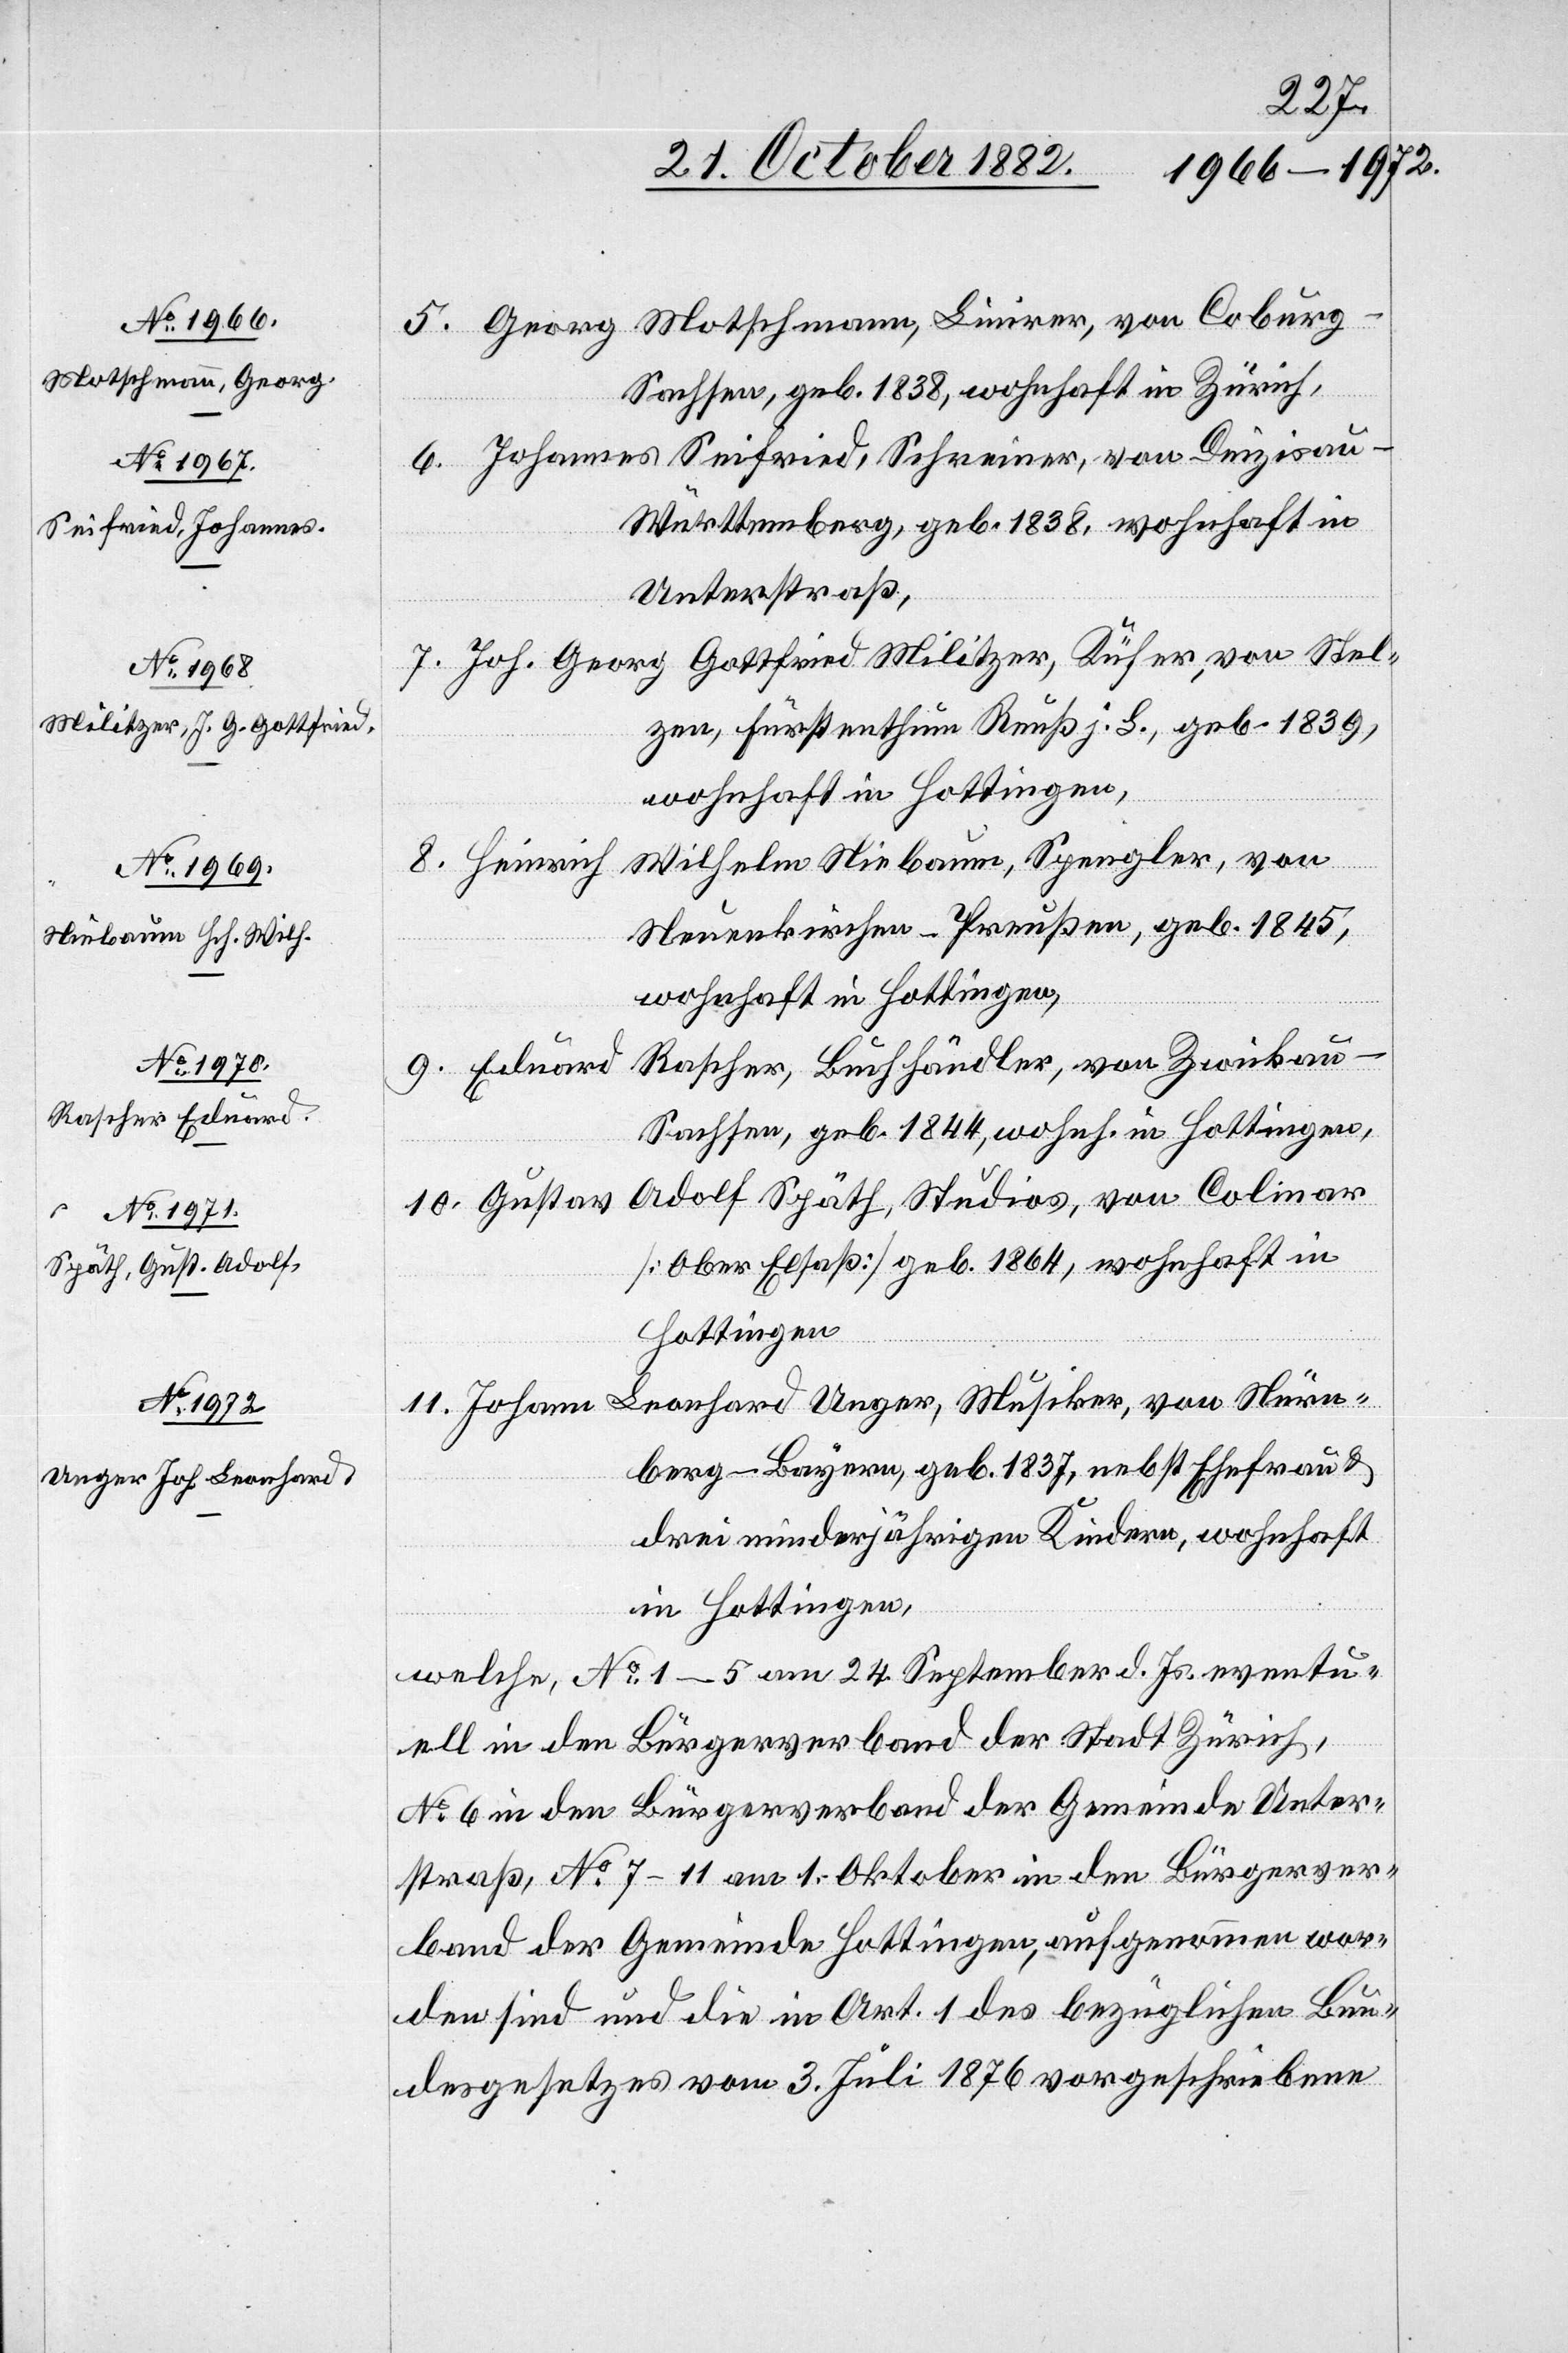
5. Georg Motschmann, Linirer, von Coburg
-
Sachsen, geb. 1838, wohnhaft in Zürich,
6. Johannes Seifried, Schreiner, von Deizisau
Württemberg, geb. 1838, wohnhaft in
Unterstraß,
7. Joh. Georg Gottfried Militzer, Küfer, von Stel¬
zen, Fürstenthum Reuß j. L., geb. 1839,
wohnhaft in Hottingen,
Wilhelm Niebaum, Spengler, von
8. Heinrich
Neuenkirchen - Preußen, geb. 1845,
wohnhaft in Hottingen,
9. Eduard Rascher, Buchhändler, von Zwickau
Sachsen, geb. 1844, wohnh. in Hottingen,
10. Gustav Adolf Späth, Studios, von Colmar
[Ober Elsaß] geb. 1864, wohnhaft in
Hottingen
11. Johann Leonhard Unger, Musiker, von Nürn¬
berg - Bayern, geb. 1837, nebst Ehefrau &
drei minderjährigen Kindern, wohnhaft
in Hottingen,
welche, No 1–5 am 24. September d. Js. eventu¬
ell in den Bürgerverband der Stadt Zürich,
No 6 in den Bürgerverband der Gemeinde Unter¬
straß, No 7–11 am 1. Oktober in den Bürgerver¬
band der Gemeinde Hottingen, aufgenommen wor¬
den sind und die in Art. 1 des bezüglichen Bun¬
desgesetzes vom 3. Juli 1876 vorgeschriebene